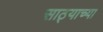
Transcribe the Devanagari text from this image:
साठ्याच्या